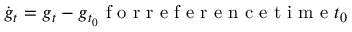
\dot { \boldsymbol g } _ { t } = \boldsymbol g _ { t } - \boldsymbol g _ { t _ { 0 } } \mathrm { ~ f ~ o ~ r ~ r ~ e ~ f ~ e ~ r ~ e ~ n ~ c ~ e ~ t ~ i ~ m ~ e ~ } t _ { 0 }